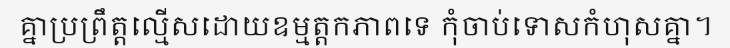
គ្នាប្រព្រឹត្តល្មើសដោយឧម្មត្តកភាពទេ កុំចាប់ទោសកំហុសគ្នា។